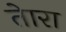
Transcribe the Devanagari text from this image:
तेारा